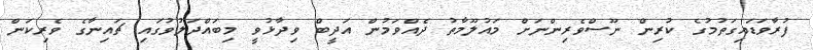
ފުރާވަޑައިގަތުމުގެ ކުރިން ނޫސްވެރިންނަށް މައުލޫމާތު ދެއްވަމުން އަދީބް ވިދާޅުވީ މިބައްދަލުވުުގައި ޗައިނާގެ ވެރިކަން